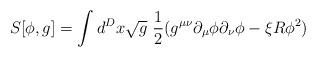
LaTeX: \begin{align*}S[\phi,g] = \int d^D x {\sqrt g}\ {1\over 2} ( g^{\mu\nu} \partial_\mu \phi \partial_\nu \phi - \xi R \phi^2)\end{align*}